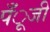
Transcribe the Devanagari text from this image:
पँूजी